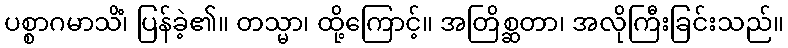
ပစ္စာဂမာသိံ၊ ပြန်ခဲ့၏။ တသ္မာ၊ ထို့ကြောင့်။ အတြိစ္ဆတာ၊ အလိုကြီးခြင်းသည်။